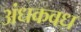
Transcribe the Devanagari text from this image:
अंधकवध